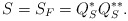
\begin{align*} S=S_F=Q_S^*Q_S^{**}.\end{align*}